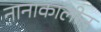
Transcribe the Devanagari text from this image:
नानाकालीन